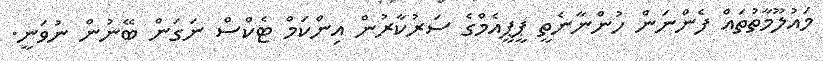
މައުލޫމާތުތައް ފެންނަން ހުންނާނެތީ ޕީޕީއެމްގެ ސަރުކާރުން އިންކަމް ޓެކްސް ނަގަން ބޭނުން ނުވަނީ.